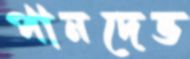
পানদেভ